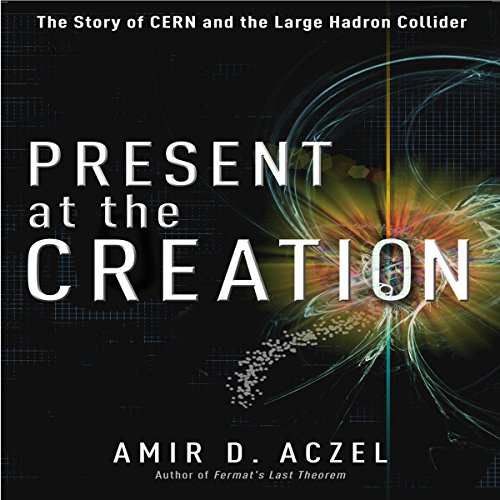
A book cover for Present at the Creation: The Story of CERN and the Large Hadron Collider; Amir D. Aczel; Science & Math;